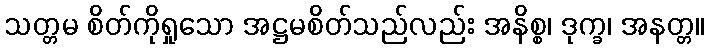
သတ္တမ စိတ်ကိုရှုသော အဋ္ဌမစိတ်သည်လည်း အနိစ္စ၊ ဒုက္ခ၊ အနတ္တ။